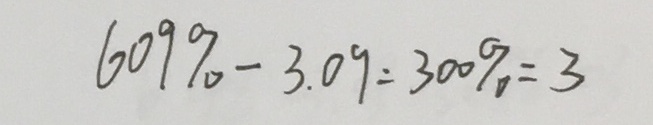
6 0 9 \% - 3 . 0 9 = 3 0 0 \% = 3